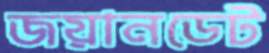
জয়ানডেট